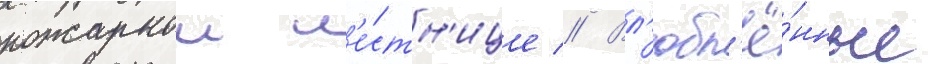
пожарнои л'е́стн'ице // Вл'юбл'ё́нные